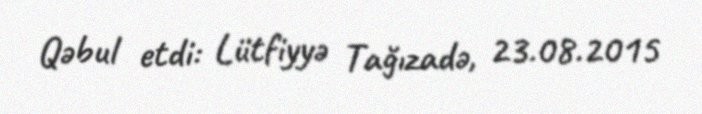
Qəbul etdi: Lütfiyyə Tağızadə, 23.08.2015